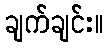
ချက်ချင်း။